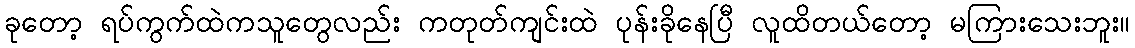
ခုတော့ ရပ်ကွက်ထဲကသူတွေလည်း ကတုတ်ကျင်းထဲ ပုန်းခိုနေပြီ လူထိတယ်တော့ မကြားသေးဘူး။